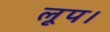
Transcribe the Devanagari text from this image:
लूप।